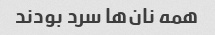
همه نان‌ها سرد بودند